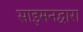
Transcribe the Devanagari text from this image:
साइमनद्वारा